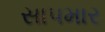
સાપમાર